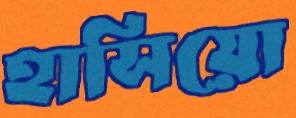
হাসিয়ো